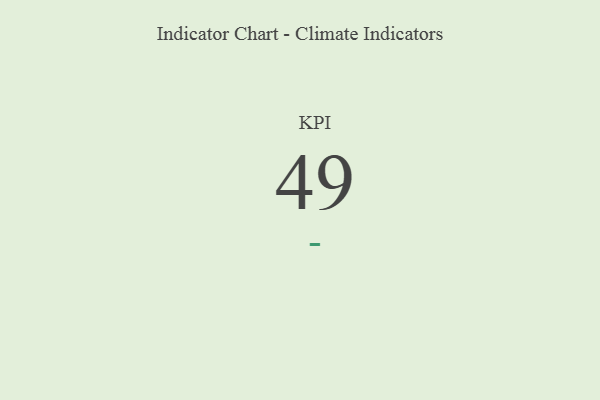
{"axis": {"x": "KPI", "y": "Value"}, "legend": [""], "data": [{"x": "KPI", "y": 49, "type": ""}]}